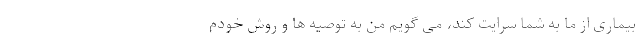
بیماری از ما به شما سرایت کند، می گویم من به توصیه ها و روش خودم